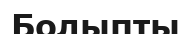
Болыпты